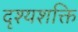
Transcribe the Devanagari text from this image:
दृश्यशक्ति